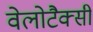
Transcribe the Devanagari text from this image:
वेलोटैक्सी